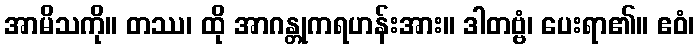
အာမိသကို။ တဿ၊ ထို အာဂန္တုကရဟန်းအား။ ဒါတဗ္ဗံ၊ ပေးရာ၏။ ဧဝံ၊